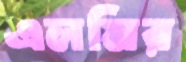
এলমির